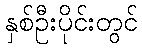
နှစ်ဦးပိုင်းတွင်